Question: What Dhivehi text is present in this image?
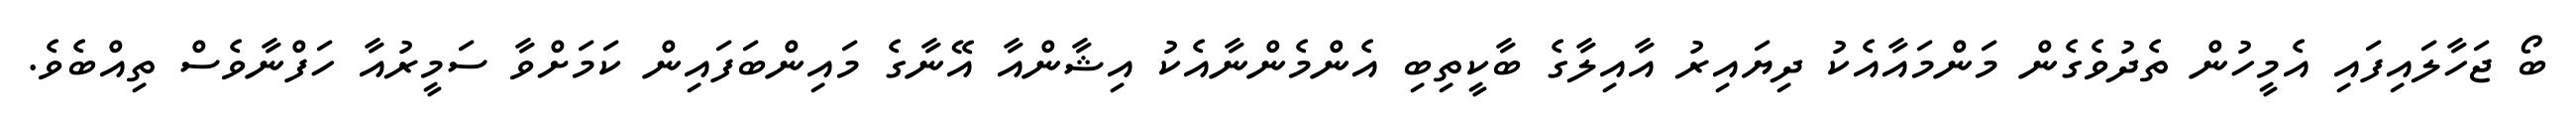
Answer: ބޯ ޖަހާލައިފައި އެމީހުން ތެދުވެގެން މަންމައާއެކު ދިޔައިރު އާއިލާގެ ބާކީތިބި އެންމެންނާއެކު އިޝާންއާ އޭނާގެ މައިންބަފައިން ކަމަށްވާ ސަމީރުއާ ހަފްނާވެސް ތިއްބެވެ.